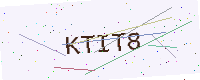
Text: KTIT8